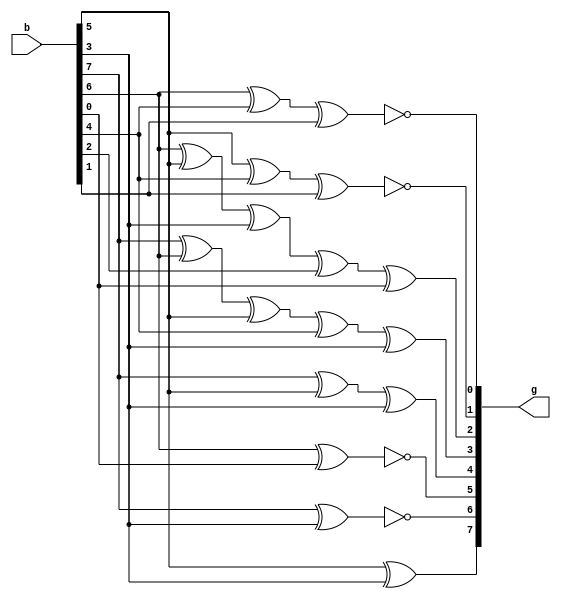
`timescale 1ns / 1ps
//////////////////////////////////////////////////////////////////////////////////
// Company: 
// Engineer: 
// 
// Design Name: 
// Module Name: Rev_Map
// Project Name: 
// Target Devices: 
// Tool Versions: 
// Description: 
// 
// Dependencies: 
// 
// Revision:
// Revision 0.01 - File Created
// Additional Comments:
// 
//////////////////////////////////////////////////////////////////////////////////

//checked again 1
module Rev_Map(g,b);
input [7:0] b;                    // input byte
output [7:0] g;
//------------------------------------------------------------MX
 assign g[7]=b[5]^b[3]^1'b0;
 assign g[6]=b[7]^b[3]^1'b1;
 assign g[5]=b[6]^b[0]^1'b1;
 assign g[4]=b[7]^b[5]^b[3]^1'b0;
 assign g[3]=b[7]^b[6]^b[5]^b[4]^b[3]^1'b0;
 assign g[2]=b[6]^b[5]^b[3]^b[2]^b[0]^1'b0;
 assign g[1]=b[5]^b[4]^b[1]^1'b1;
 assign g[0]=b[6]^b[4]^b[1]^1'b1;
 //------------------------------------------------------------
endmodule
//------------------------------------------------------------MX
 /*assign g[7]=b[5]^b[3]^1'b0;
 assign g[6]=b[7]^b[3]^1'b1;
 assign g[5]=b[6]^b[0]^1'b1;
 assign g[4]=b[7]^b[5]^b[3]^1'b0;
 assign g[3]=b[7]^b[6]^b[5]^b[4]^b[3]^1'b0;
 assign g[2]=b[6]^b[5]^b[3]^b[2]^b[0]^1'b0;
 assign g[1]=b[5]^b[4]^b[1]^1'b1;
 assign g[0]=b[6]^b[4]^b[1]^1'b1;*/
 //------------------------------------------------------------
//------------------------------------------------------------X
 /*assign g[7]=b[4]^b[1];
 assign g[6]=b[7]^b[6]^b[5]^b[3]^b[1]^b[0];
 assign g[5]=b[7]^b[6]^b[5]^b[3]^b[2]^b[0];
 assign g[4]=b[6]^b[1];
 assign g[3]=b[6]^b[5]^b[4]^b[3]^b[2]^b[1];
 assign g[2]=b[7]^b[5]^b[4]^b[1];
 assign g[1]=b[5]^b[1];
 assign g[0]=b[2];*/
 //------------------------------------------------------------